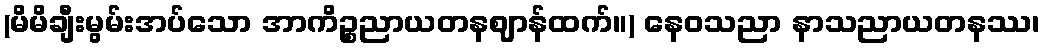
(မိမိချီးမွမ်းအပ်သော အာကိဉ္စညာယတနဈာန်ထက်။) နေဝသညာ နာသညာယတနဿ၊